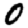
Digit: 0